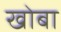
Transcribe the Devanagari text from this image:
खोबा